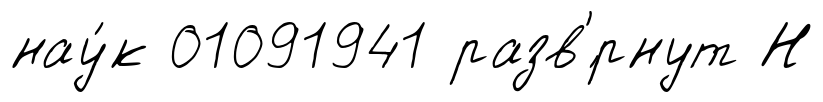
нау́к 01091941 разв'́рнут Н